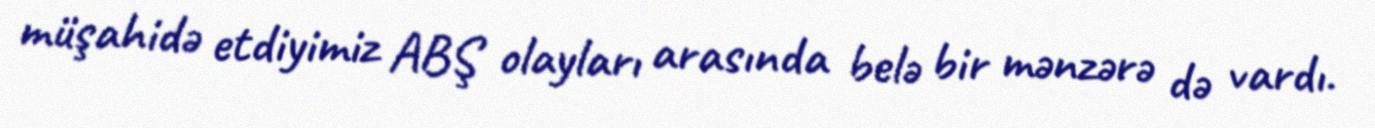
müşahidə etdiyimiz ABŞ olayları arasında belə bir mənzərə də vardı.